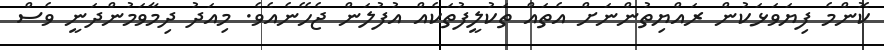
ކޮންމެ ފިޔަވަޅަކުން ރައްޔިތުންނަށް އެތައް ތަކުލީފުތަކެއް އުފުލަން ޖެހޭނެއެވެ. މިއަދު ދިމާވަމުންދަނީ ވެސް